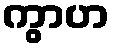
ကွာဟ